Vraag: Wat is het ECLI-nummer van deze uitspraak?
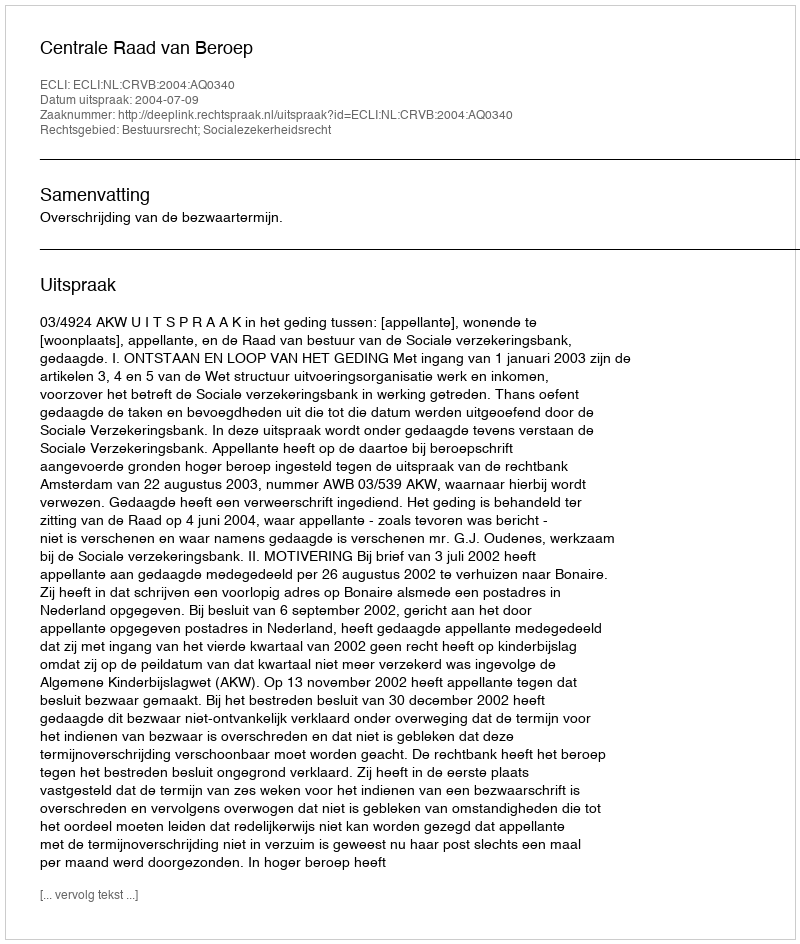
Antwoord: ECLI:NL:CRVB:2004:AQ0340